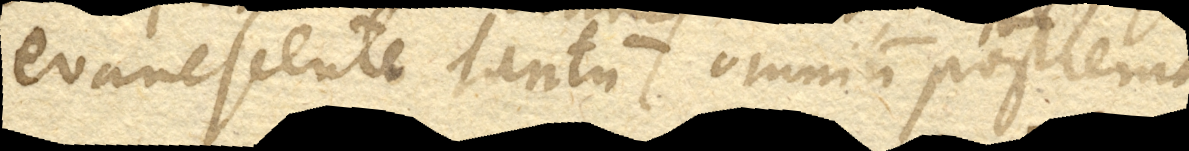
evanescente tantum omnium postrema.